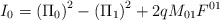
\begin{align*}I_0=\left( \Pi _0\right) ^2-\left( \Pi _1\right) ^2+2qM_{01}F^{01} \end{align*}